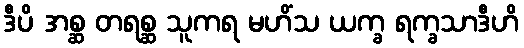
ဒီပိ အစ္ဆ တရစ္ဆ သူကရ မဟိံသ ယက္ခ ရက္ခသာဒီဟိ